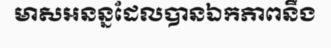
មាសអនន្នដែលបានឯកភាពនឹង